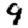
Digit: 9